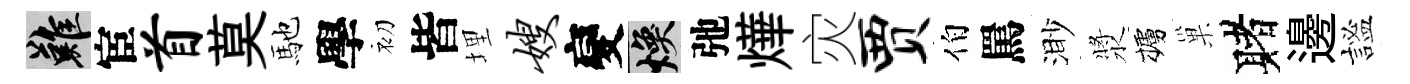
難宦首莫馳學初皆埋嫂變焕弛燁灾贾伯罵渺漿櫨巢赌邊謐